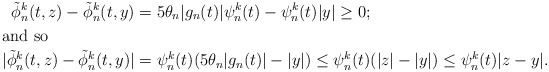
\begin{align*}\tilde{\phi}_n^k (t,z) - \tilde{\phi}_n^k (t,y)& = 5\theta_n |g_n(t)|\psi_n^k(t) - \psi_n^k(t)|y| \geq 0;\\\shortintertext{and so}|\tilde{\phi}_n^k (t, z) - \tilde{\phi}_n^k (t,y)| & = \psi_n^k (t)(5\theta_n |g_n(t)| - |y|) \leq \psi_n^k(t)(|z| - |y|) \leq \psi_n^k(t)| z-y|.\end{align*}